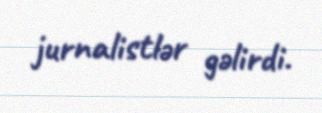
jurnalistlər gəlirdi.